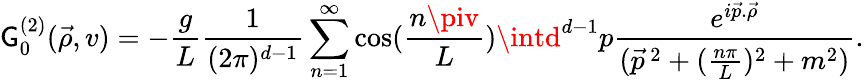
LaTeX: \mathsf{G}_{0}^{(2)}(\vec{{\rho}},v)=-\frac{{g}}{{L}}\frac{{1}}{{(2\pi)^{d-1}}}\sum_{n=1}^{\infty}\cos(\frac{{n\piv}}{{L}})\intd^{d-1}p\frac{{e^{i\vec{{p}}.\vec{{\rho}}}}}{{(\vec{{p}}^{\, 2}+(\frac{{n\pi}}{{L}})^{2}+m^{2})}}.